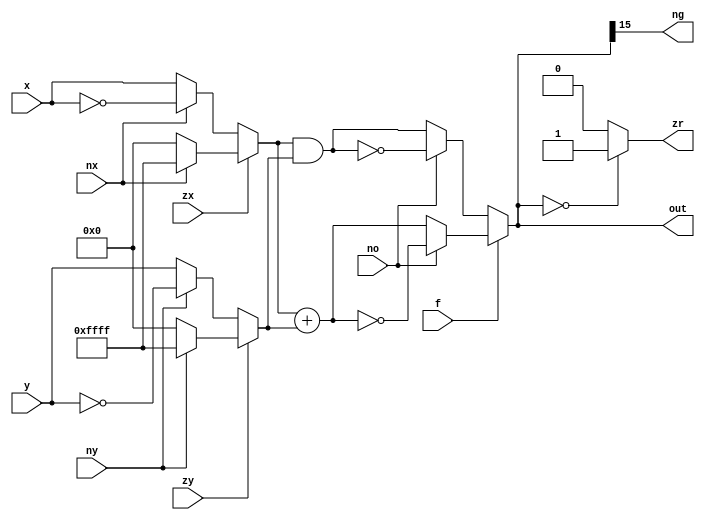
`ifndef ALU_H
`define ALU_H

module ALU (
	input wire [15:0] x,
	input wire [15:0] y,
	input wire zx,
	input wire nx,
	input wire zy,
	input wire ny,
	input wire f,
	input wire no,
	output wire [15:0] out,
	output wire zr,
	output wire ng
);

	function [15:0] xy_m (
		input [15:0] xy,
		input zxy,
		input nxy
	);
		if (zxy == 1) begin
			if (nxy == 1) xy_m = ~(16'd0);
			else xy_m = 16'd0;
		end else begin
			if (nxy == 1) xy_m = ~xy;
			else xy_m = xy;
		end
	endfunction
	
	function [15:0] out_m (
		input [15:0] x_m,
		input [15:0] y_m,
		input f,
		input no
	);
		if (f == 1) 
			if (no == 1) out_m = ~(x_m + y_m);
			else out_m = (x_m + y_m);
		else
			if (no == 1) out_m = ~(x_m & y_m);
			else out_m = (x_m & y_m);
	endfunction
	
	wire [15:0] x_m = xy_m(x, zx, nx);
	wire [15:0] y_m = xy_m(y, zy, ny);
	
	assign out = out_m(x_m, y_m, f, no);
	assign zr = (out == 16'd0) ? 1'b1 : 1'b0;
	assign ng = out[15];
endmodule

`endif